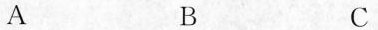
A B C